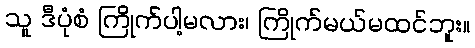
သူ ဒီပုံစံ ကြိုက်ပါ့မလား၊ ကြိုက်မယ်မထင်ဘူး။